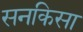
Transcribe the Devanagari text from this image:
सनकिसा